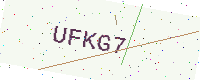
Text: UFKG7